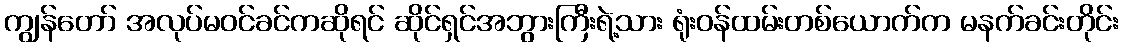
ကျွန်တော် အလုပ်မဝင်ခင်ကဆိုရင် ဆိုင်ရှင်အဘွားကြီးရဲ့သား ရုံးဝန်ထမ်းတစ်ယောက်က မနက်ခင်းတိုင်း